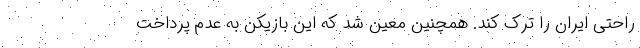
راحتی ایران را ترک کند. همچنین معین شد که این بازیکن به عدم پرداخت